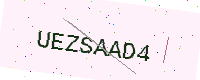
Text: UEZSAAD4